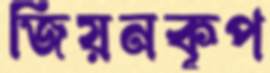
জিয়নকূপ